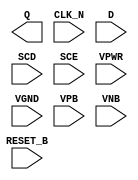
module sky130_fd_sc_ls__sdfrtn (
    Q      ,
    CLK_N  ,
    D      ,
    SCD    ,
    SCE    ,
    RESET_B,
    VPWR   ,
    VGND   ,
    VPB    ,
    VNB
);

    output Q      ;
    input  CLK_N  ;
    input  D      ;
    input  SCD    ;
    input  SCE    ;
    input  RESET_B;
    input  VPWR   ;
    input  VGND   ;
    input  VPB    ;
    input  VNB    ;
endmodule